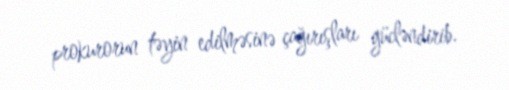
prokurorun təyin edilməsinə çağırışları gücləndirib.